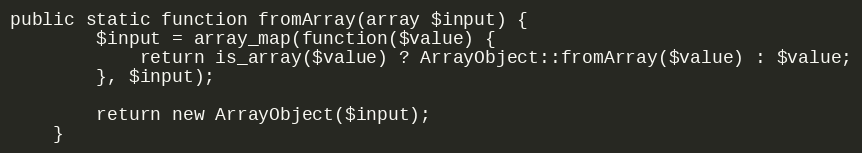
Language: PHP
public static function fromArray(array $input) {
        $input = array_map(function($value) {
            return is_array($value) ? ArrayObject::fromArray($value) : $value;
        }, $input);

        return new ArrayObject($input);
    }